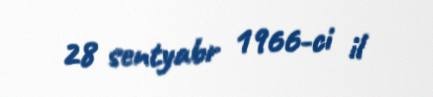
28 sentyabr 1966-ci il